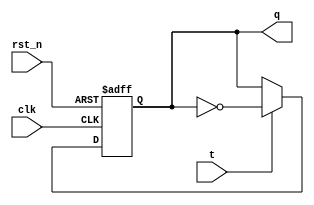
`timescale 1ns / 1ps
//////////////////////////////////////////////////////////////////////////////////
// Company: 
// Engineer: 
// 
// Design Name: 
// Module Name: counter
// Project Name: 
// Target Devices: 
// Tool Versions: 
// Description: 
// 
// Dependencies: 
// 
// Revision:
// Revision 0.01 - File Created
// Additional Comments:
// 
//////////////////////////////////////////////////////////////////////////////////


module t_ff(
output reg q,
input t, rst_n, clk);

always @ (posedge clk or negedge rst_n)
    if (!rst_n) q <= 1'b0;
    else if (t) q <= ~q;

endmodule

            //Standard counters are designed using either T or JK F/F.

module counter (
    output [2:0] q,
    input rst_n, clk);
    
    wire t2;
    
    t_ff ff0 ( q[0], 1'b1, rst_n, clk);
    t_ff ff1 ( q[1], q[0], rst_n, clk);
    t_ff ff2 ( q[2], t2,   rst_n, clk);
    and a1 (t2, q[0], q[1]);
    
endmodule